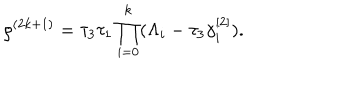
\rho ^ { ( 2 k + 1 ) } = \tau _ { 3 } \tau _ { 1 } \prod _ { i = 0 } ^ { k } ( \Lambda _ { i } - \tau _ { 3 } \gamma _ { i } ^ { [ 2 ] } ) .